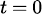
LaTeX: \scriptstyle t\, =\, 0